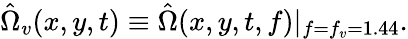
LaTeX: \hat{\Omega}_{v}(x,y,t)\equiv\hat{\Omega}(x,y,t,f)|_{f=f_{v}=1.44}.